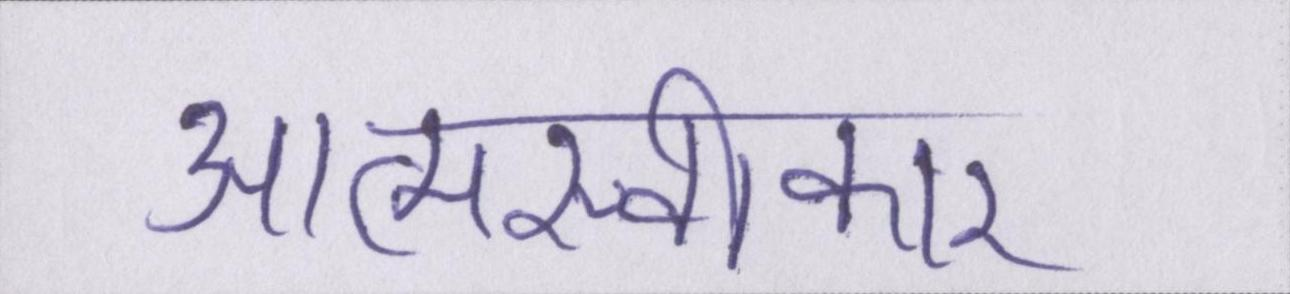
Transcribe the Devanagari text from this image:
आत्मस्वीकार